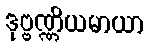
ဒုဗ္ဗဏ္ဏိယမာယာ